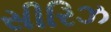
સીરિઝ